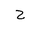
Letter: _ha